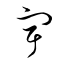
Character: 宇